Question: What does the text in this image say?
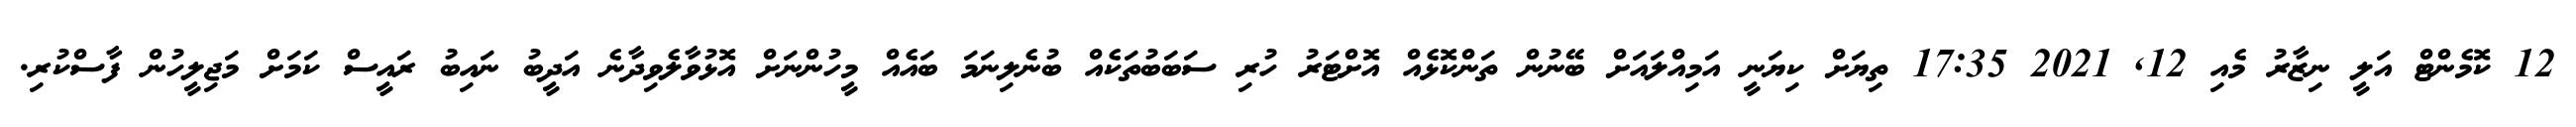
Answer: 12 ކޮމެންޓް އަލީ ނިޒާރު މެއި 12, 2021 17:35 ތިޔަށް ކިޔަނީ އަމިއްލައަށް ބޭނުން ތަންކޮޅެއް އޮށްޓަރު ހުރި ސަބަބުތަކެއް ބުނެލިނަމަ ބައެއް މީހުންނަށް އޮޅުވާލެވިދާނެ އަދީބު ނައިބު ރައީސް ކަމަށް މަޖިލީހުން ފާސްކުރި.